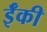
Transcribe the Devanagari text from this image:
ईँकी